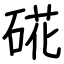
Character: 硴